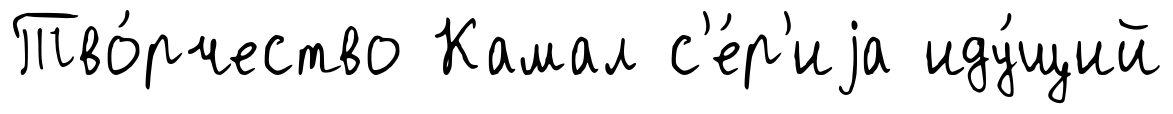
Тво́рчество Камал с'е́р'иjа иду́щий